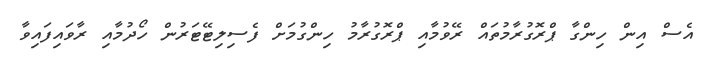
އެސް އިން ހިންގާ ޕްރޮގުރާމުތައް ރޭވުމާއި ޕްރޮގުރާމު ހިންގުމަށް ފެސިލިޓޭޓަރުން ހޯދުމާއި ރާވައިފައިވާ